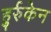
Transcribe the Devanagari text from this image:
हुर्रुकेन